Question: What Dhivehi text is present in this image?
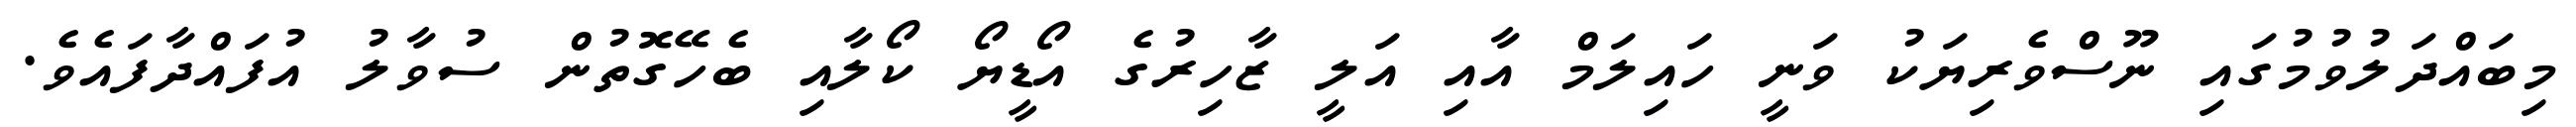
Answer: މިބައްދަލުވުމުގައި ނޫސްވެރިޔަކު ވަނީ ހައިލަމް އާއި އަލީ ޒާހިރުގެ އޯޑީޔޯ ކޯލާއި ބެހޭގޮތުން ސުވާލު އުފައްދާފައެވެ.